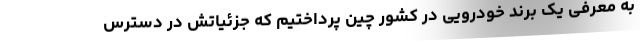
به معرفی یک برند خودرویی در کشور چین پرداختیم که جزئیاتش در دسترس